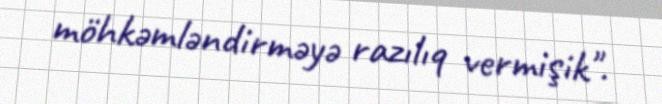
möhkəmləndirməyə razılıq vermişik".